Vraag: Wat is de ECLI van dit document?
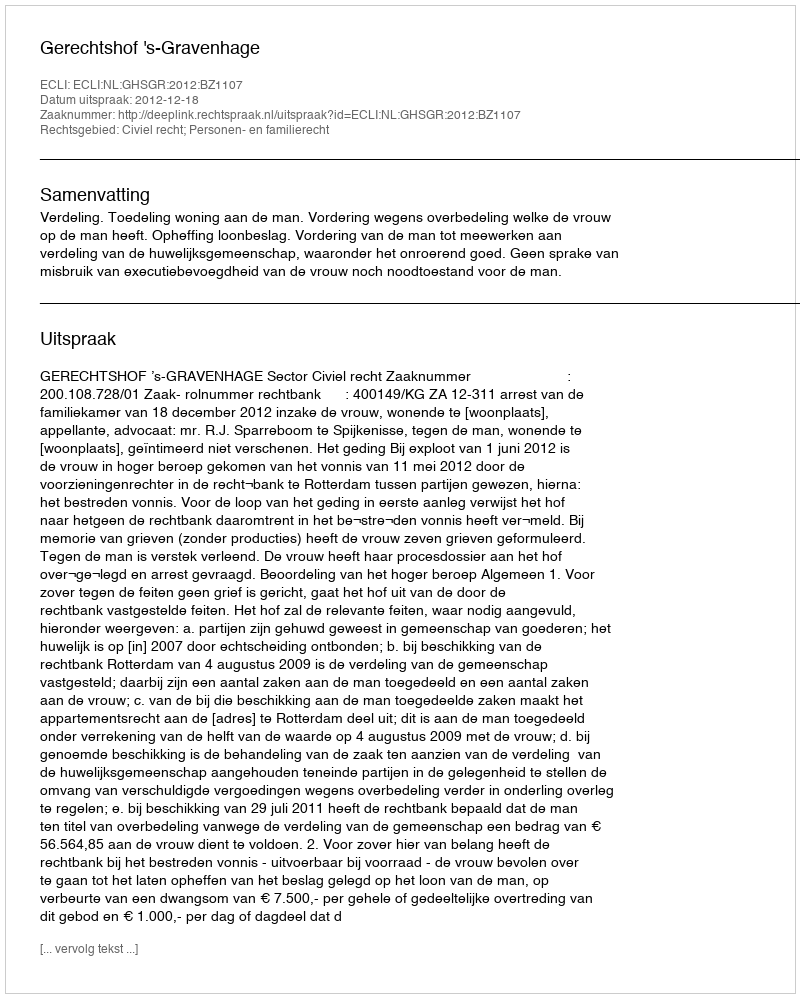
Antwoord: ECLI:NL:GHSGR:2012:BZ1107